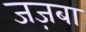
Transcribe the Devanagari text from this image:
जज़बा